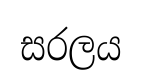
සරලය